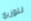
لتوزيع